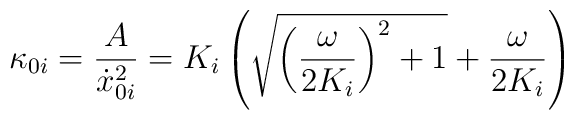
\kappa_{0i}=\frac{A}{\dot x^2_{0i}}=K_i\left(\sqrt{{\left(\frac{\omega}{2K_i} \right)}^2+1}+\frac{\omega}{2 K_i}\right)